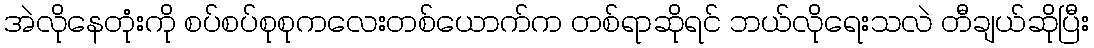
အဲလိုနေတုံးကို စပ်စပ်စုစုကလေးတစ်ယောက်က တစ်ရာဆိုရင် ဘယ်လိုရေးသလဲ တီချယ်ဆိုပြီး